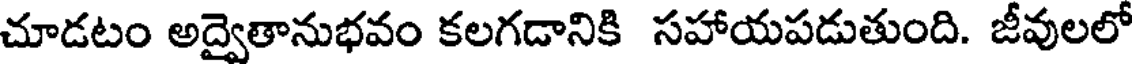
చూడటం అద్వైతానుభవం కలగడానికి సహాయపడుతుంది. జీవులలో